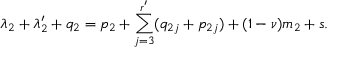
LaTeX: \lambda _ { 2 } + \lambda _ { 2 } ^ { \prime } + q _ { 2 } = p _ { 2 } + \sum _ { j = 3 } ^ { r ^ { \prime } } ( q _ { 2 j } + p _ { 2 j } ) + ( 1 - \nu ) m _ { 2 } + s .